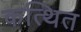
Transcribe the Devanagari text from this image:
कत्थित